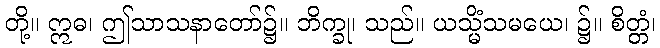
တို့။ ဣဓ၊ ဤသာသနာတော်၌။ ဘိက္ခု၊ သည်။ ယသ္မိံသမယေ၊ ၌။ စိတ္တံ၊